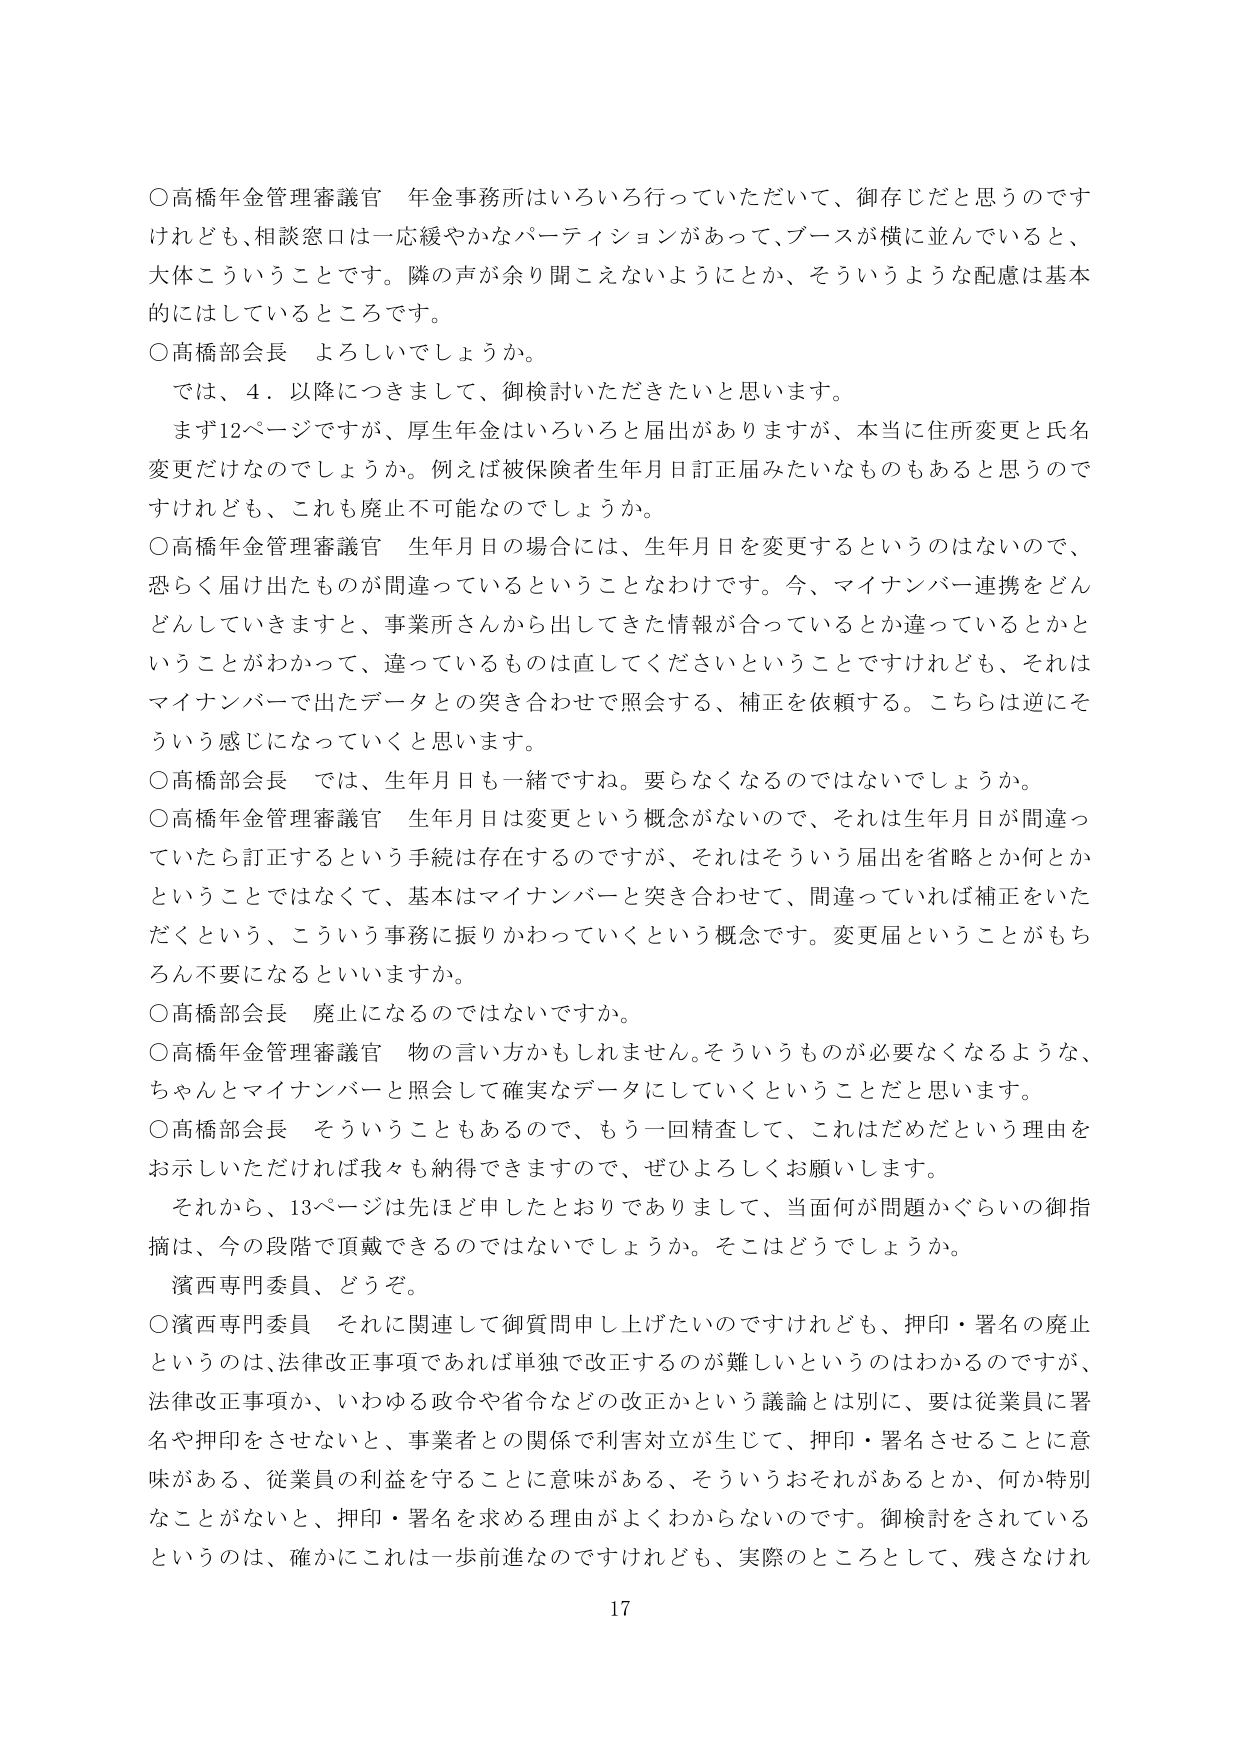
○高橋年金管理審議官 年金事務所はいろいろ行っていただいて、御存じだと思うのですけれども、相談窓口は一応緩やかなパーティションがあって、ブースが横に並んでいると、大体こういうことです。隣の声が余り聞こえないようにとか、そういうような配慮は基本的にはしているところです。

○高橋部会長 よろしいでしょうか。
　では、4．以降につきまして、御検討いただきたいと思います。
　まず12ページですが、厚生年金はいろいろと届出がありますが、本当に住所変更と氏名変更だけなのでしょうか。例えば被保険者生年月日訂正届みたいなものもあると思うのですけれども、これも廃止不可能なのでしょうか。

○高橋年金管理審議官 生年月日の場合には、生年月日を変更するというのはないので、恐らく届け出たものが間違っているということなわけです。今、マイナンバー連携をどんどんしていきますと、事業所さんから出してきた情報が合っているとか違っているとかということがわかって、違っているものは直してくださいということですけれども、それはマイナンバーで出たデータとの突き合わせで照会する、補正を依頼する。こちらは逆にそういう感じになっていくと思います。

○高橋部会長 では、生年月日も一緒ですね。要らなくなるのではないでしょうか。

○高橋年金管理審議官 生年月日は変更という概念がないので、それは生年月日が間違っていたら訂正するという手続は存在するのですが、それはそういう届出を省略とか何とかということではなくて、基本はマイナンバーと突き合わせて、間違っていたら補正をいただくという、こういう事務に振りかわっていくという概念です。変更届ということがもちろん不要になるといいますか。

○高橋部会長 廃止になるのではないですか。

○高橋年金管理審議官 物の言い方かもしれません。そういうものが必要なくなるような、ちゃんとマイナンバーと照会して確実なデータにしていくということだと思います。

○高橋部会長 そういうこともあるので、もう一回精査して、これはだめだという理由をお示しいただければ我々も納得できますので、ぜひよろしくお願いします。
　それから、13ページは先ほど申し上げておりまして、当面何が問題かぐらいの御指摘は、今の段階で頂戴できるのではないでしょうか。そこはどうでしょうか。
　濱西専門委員、どうぞ。

○濱西専門委員 それに関して御質問申し上げたいのですがけれども、押印・署名の廃止というのは、法律改正事項であれば単独で改正するのが難しいというのはわかるのですが、法律改正事項か、いわゆる政令や省令などの改正かという議論とは別に、要は従業員に署名や押印をさせないと、事業者との関係で利害対立が生じて、押印・署名させることに意味がある、従業員の利益を守ることに意味がある、そういうおそれがあるとか、何か特別なことがないと、押印・署名を求める理由がよくわからないのです。御検討されているというのは、確かにこれは一歩前進なのですがけれども、実際のところとして、残さなけれ

17